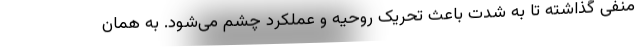
منفی گذاشته تا به شدت باعث تحریک روحیه و عملکرد چشم می‌شود. به همان